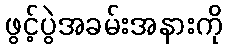
ဖွင့်ပွဲအခမ်းအနားကို